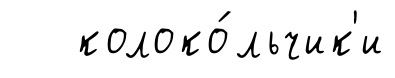
колоко́льчик'и